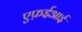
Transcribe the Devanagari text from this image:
एफ़ईआई